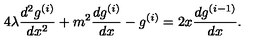
4 \lambda \frac { d ^ { 2 } g ^ { ( i ) } } { d x ^ { 2 } } + m ^ { 2 } \frac { d g ^ { ( i ) } } { d x } - g ^ { ( i ) } = 2 x \frac { d g ^ { ( i - 1 ) } } { d x } .